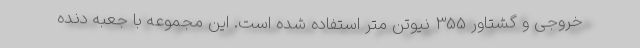
خروجی و گشتاور 355 نیوتن متر استفاده شده است. این مجموعه با جعبه دنده